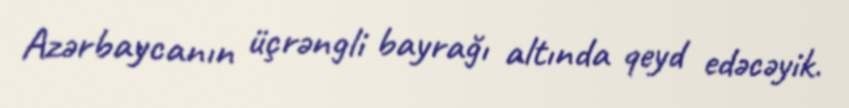
Azərbaycanın üçrəngli bayrağı altında qeyd edəcəyik.